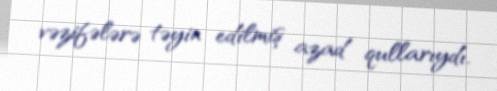
vəzifələrə təyin edilmiş azad qullarıydı.